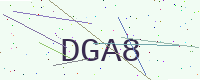
Text: DGA8